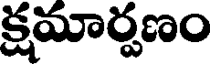
క్షమార్పణం